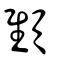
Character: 顀